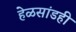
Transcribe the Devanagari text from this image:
हेळसांडही